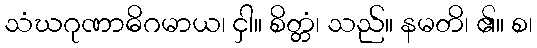
သံဃဂုဏာဓိဂမာယ၊ ငှါ။ စိတ္တံ၊ သည်။ နမတိ၊ ၏။ စ၊